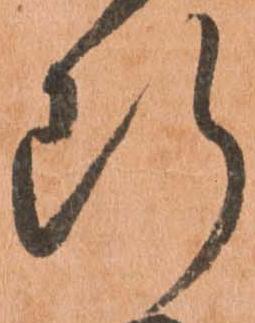
断